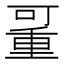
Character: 𠽚